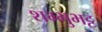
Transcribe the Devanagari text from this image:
शम्भुभट्ट